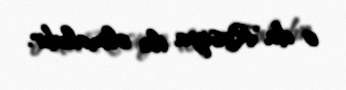
o da Rusiya ilə olmalıdır.